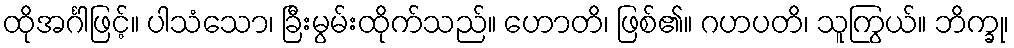
ထိုအင်္ဂါဖြင့်။ ပါသံသော၊ ခြီးမွမ်းထိုက်သည်။ ဟောတိ၊ ဖြစ်၏။ ဂဟပတိ၊ သူကြွယ်။ ဘိက္ခု၊